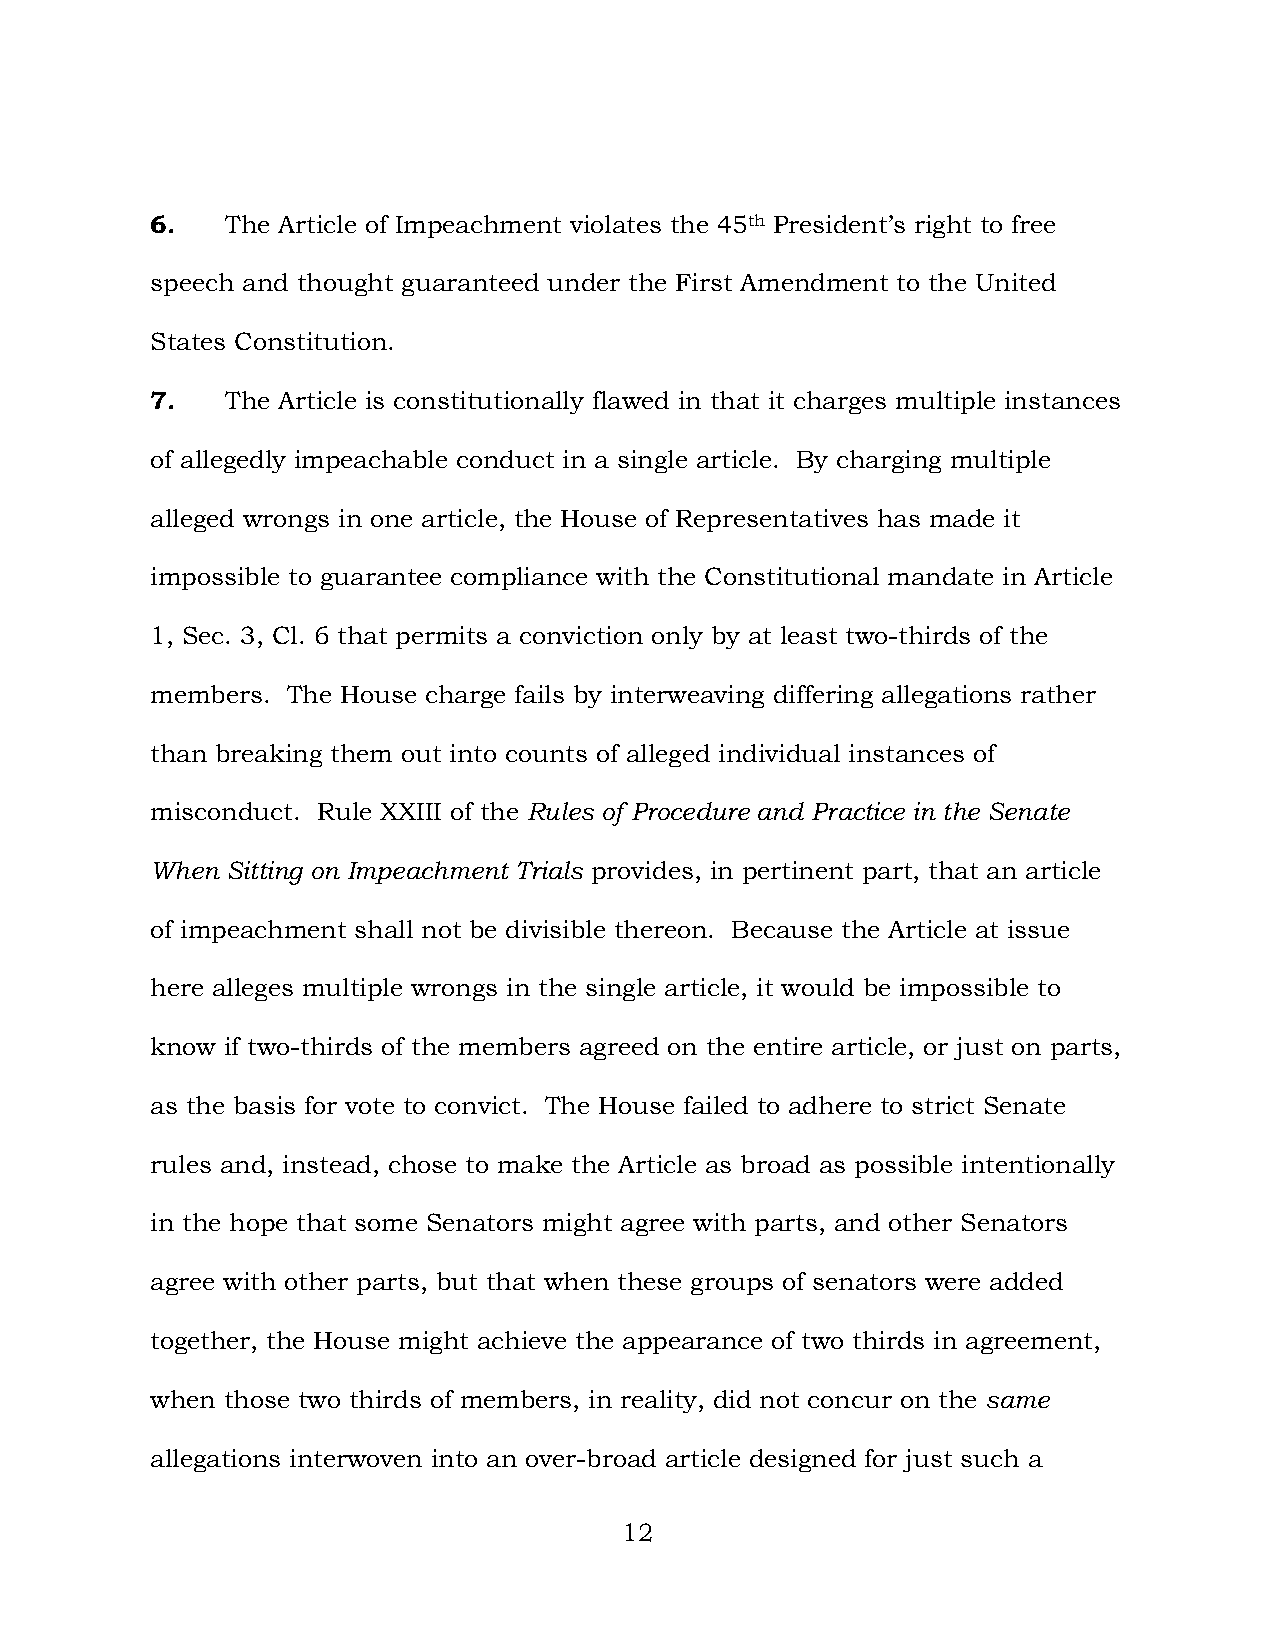
6.   The Article of Impeachment violates the 45th President’s right to free
 speech and thought guaranteed under the First Amendment to the United
 States Constitution.
 7.   The Article is constitutionally flawed in that it charges multiple instances
 of allegedly impeachable conduct in a single article. By charging multiple
 alleged wrongs in one article, the House of Representatives has made it
 impossible to guarantee compliance with the Constitutional mandate in Article
 1, Sec. 3, Cl. 6 that permits a conviction only by at least two-thirds of the
 members. The House charge fails by interweaving differing allegations rather
 than breaking them out into counts of alleged individual instances of
 misconduct. Rule XXIII of the Rules of Procedure and Practice in the Senate
 When Sitting on Impeachment Trials provides, in pertinent part, that an article
 of impeachment shall not be divisible thereon. Because the Article at issue
 here alleges multiple wrongs in the single article, it would be impossible to
 know if two-thirds of the members agreed on the entire article, or just on parts,
 as the basis for vote to convict. The House failed to adhere to strict Senate
 rules and, instead, chose to make the Article as broad as possible intentionally
 in the hope that some Senators might agree with parts, and other Senators
 agree with other parts, but that when these groups of senators were added
 together, the House might achieve the appearance of two thirds in agreement,
 when those two thirds of members, in reality, did not concur on the same
 allegations interwoven into an over-broad article designed for just such a
 12